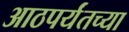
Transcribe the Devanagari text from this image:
आठपर्यंतच्या